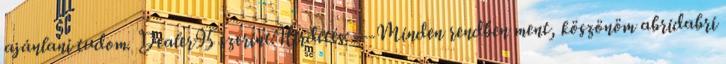
ajánlani tudom. Dealer95 szerint:Hirdetés: ---Minden rendben ment, köszönöm abridabri